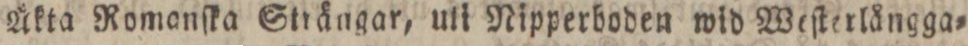
Äkta Romonſka Strängar, uti Nipperboden wid Weſterlångga=